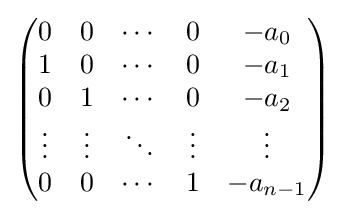
{\begin{pmatrix}0&0&\cdots &0&-a_{0}\\1&0&\cdots &0&-a_{1}\\0&1&\cdots &0&-a_{2}\\\vdots &\vdots &\ddots &\vdots &\vdots \\0&0&\cdots &1&-a_{n-1}\end{pmatrix}}